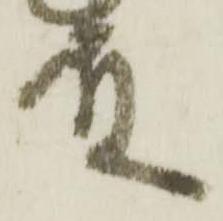
殿